Some observations on the poison of Russell's viper (Daboia russellii) - Number 3
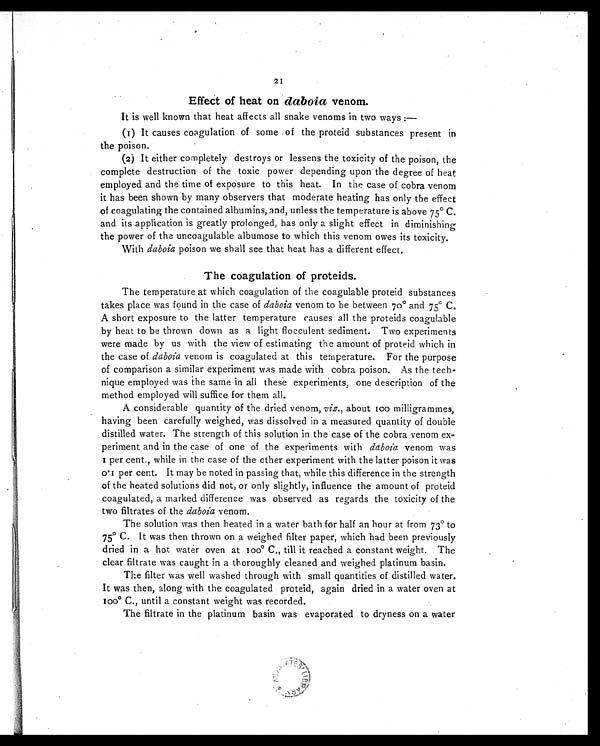
21
Effect of heat on daboia venom.
It is well known that heat affects all snake venoms in two ways :—
(1) It causes coagulation of some of the proteid substances present in
the poison.
(2) It either completely destroys or lessens the toxicity of the poison, the
complete destruction of the toxic power depending upon the degree of heat
employed and the time of exposure to this heat. In the case of cobra venom
it has been shown by many observers that moderate heating has only the effect
of coagulating the contained albumins, and, unless the temperature is above 75° C.
and its application is greatly prolonged, has only a slight effect in diminishing
the power of the uncoagulable albumose to which this venom owes its toxicity.
With daboia poison we shall see that heat has a different effect.
The coagulation of proteids.
The temperature at which coagulation of the coagulable proteid substances
takes place was found in the case of daboia venom to be between 70° and 75°C.
A short exposure to the latter temperature causes all the proteids coagulable
by heat to be thrown down as a light flocculent sediment. Two experiments
were made by us with the view of estimating the amount of proteid which in
the case of daboia venom is coagulated at this temperature. For the purpose
of comparison a similar experiment was made with cobra poison. As the tech-
nique employed was the same in all these experiments, one description of the
method employed will suffice for them all.
A considerable quantity of the dried venom, viz., about too milligrammes,
having been carefully weighed, was dissolved in a measured quantity of double
distilled water. The strength of this solution in the case of the cobra venom ex-
periment and in the case of one of the experiments with daboia venom was
1 per cent., while in the case of the other experiment with the latter poison it was
0.1 per cent. It may be noted in passing that, while this difference in the strength
of the heated solutions did not, or only slightly, influence the amount of proteid
coagulated, a marked difference was observed as regards the toxicity of the
two filtrates of the daboia venom.
The solution was then heated in a water bath for half an hour at from 73° to
75° C. It was then thrown on a weighed filter paper, which had been previously
dried in a hot water oven at 100° C., till it reached a constant weight. The
clear filtrate was caught in a thoroughly cleaned and weighed platinum basin.
The filter was well washed through with small quantities of distilled water.
It was then, along with the coagulated proteid, again dried in a water oven at
100° C., until a constant weight was recorded.
The filtrate in the platinum basin was evaporated to dryness on a water